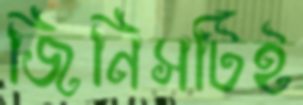
জিনিসটিই